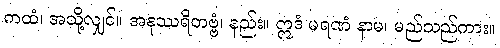
ကထံ၊ အသို့လျှင်။ အနုဿရိတဗ္ဗံ၊ နည်း။ ဣဒံ မရဏံ နာမ၊ မည်သည်ကား။